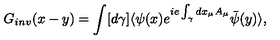
G _ { i n v } ( x - y ) = \int [ d \gamma ] \langle \psi ( x ) e ^ { i e \int _ { \gamma } d x _ { \mu } A _ { \mu } } \bar { \psi } ( y ) \rangle ,